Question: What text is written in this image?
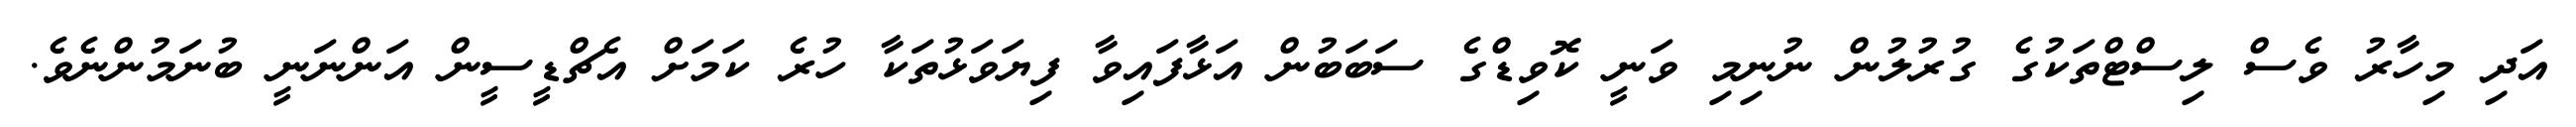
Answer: އަދި މިހާރު ވެސް ލިސްޓްތަކުގެ ގުރުލުން ނުނިމި ވަނީ ކޮވިޑްގެ ސަބަބުން އަޅާފައިވާ ފިޔަވަޅުތަކާ ހުރެ ކަމަށް އެޗްޑީސީން އަންނަނީ ބުނަމުންނެވެ.